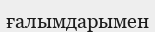
ғалымдарымен